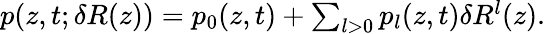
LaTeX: \begin{array}{r}{p(z,t;\delta R(z))=p_{0}(z,t)+\sum_{l>0}p_{l}(z,t)\delta R^{l}(z).}\end{array}